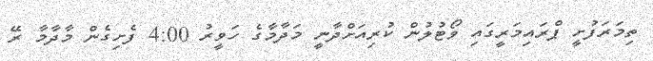
ތިމަރަފުށީ ޕްރައިމަރީގައި ވޯޓުލުން ކުރިއަށްދާނީ މަދާމާގެ ހަވީރު 4:00 ފެށިގެން މާދާމާ ރޭ